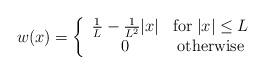
LaTeX: \begin{align*} w(x) = \left\{ \begin{array}{cc} \frac{1}{L}-\frac{1}{L^2}|x| & \textrm{for} \; |x|\leq L\\ 0 & \textrm{otherwise} \\ \end{array} \right.\end{align*}